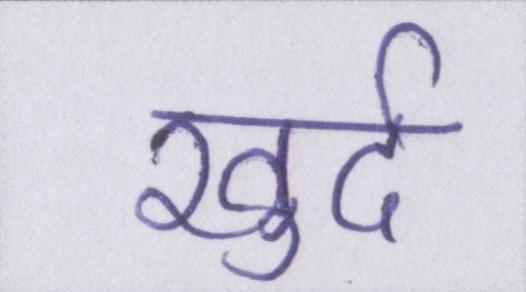
खुर्द